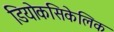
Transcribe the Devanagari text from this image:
डियोकसिकेलिक